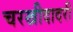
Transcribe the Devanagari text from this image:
चरखीदादरी